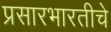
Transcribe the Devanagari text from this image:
प्रसारभारतीचे